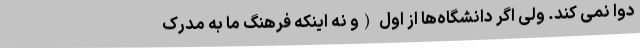
دوا نمی کند. ولی اگر دانشگاه‌ها از اول (و نه اینکه فرهنگ ما به مدرک